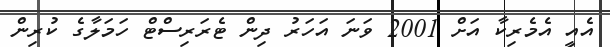
އެއީ އެމެރިކާ އަށް 2001 ވަނަ އަހަރު ދިން ޓެރަރިސްޓް ހަމަލާގެ ކުރިން